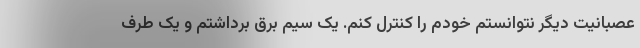
عصبانیت دیگر نتوانستم خودم را کنترل کنم. یک سیم برق برداشتم و یک طرف